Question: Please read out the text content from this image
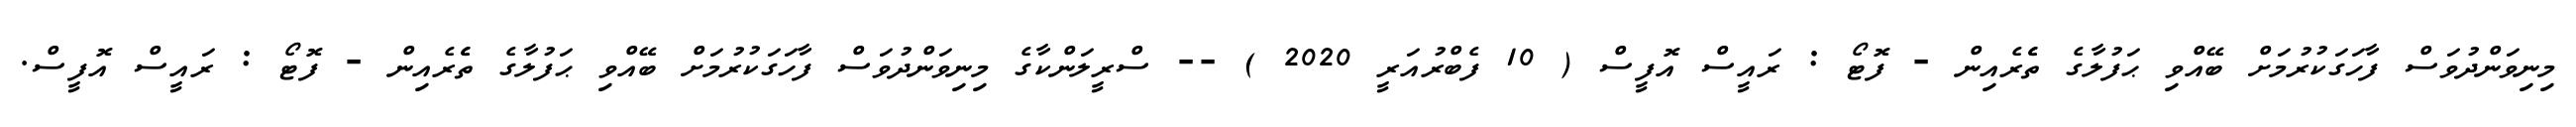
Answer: މިނިވަންދުވަސް ފާހަގަކުރުމަށް ބޭއްވި ޙަފުލާގެ ތެެރެއިން - ފޮޓޯ : ރައީސް އޮފީސް ( 10 ފެބްރުއަރީ 2020 ) -- ސްރީލަންކާގެ މިނިވަންދުވަސް ފާހަގަކުރުމަށް ބޭއްވި ޙަފުލާގެ ތެެރެއިން - ފޮޓޯ : ރައީސް އޮފީސް.